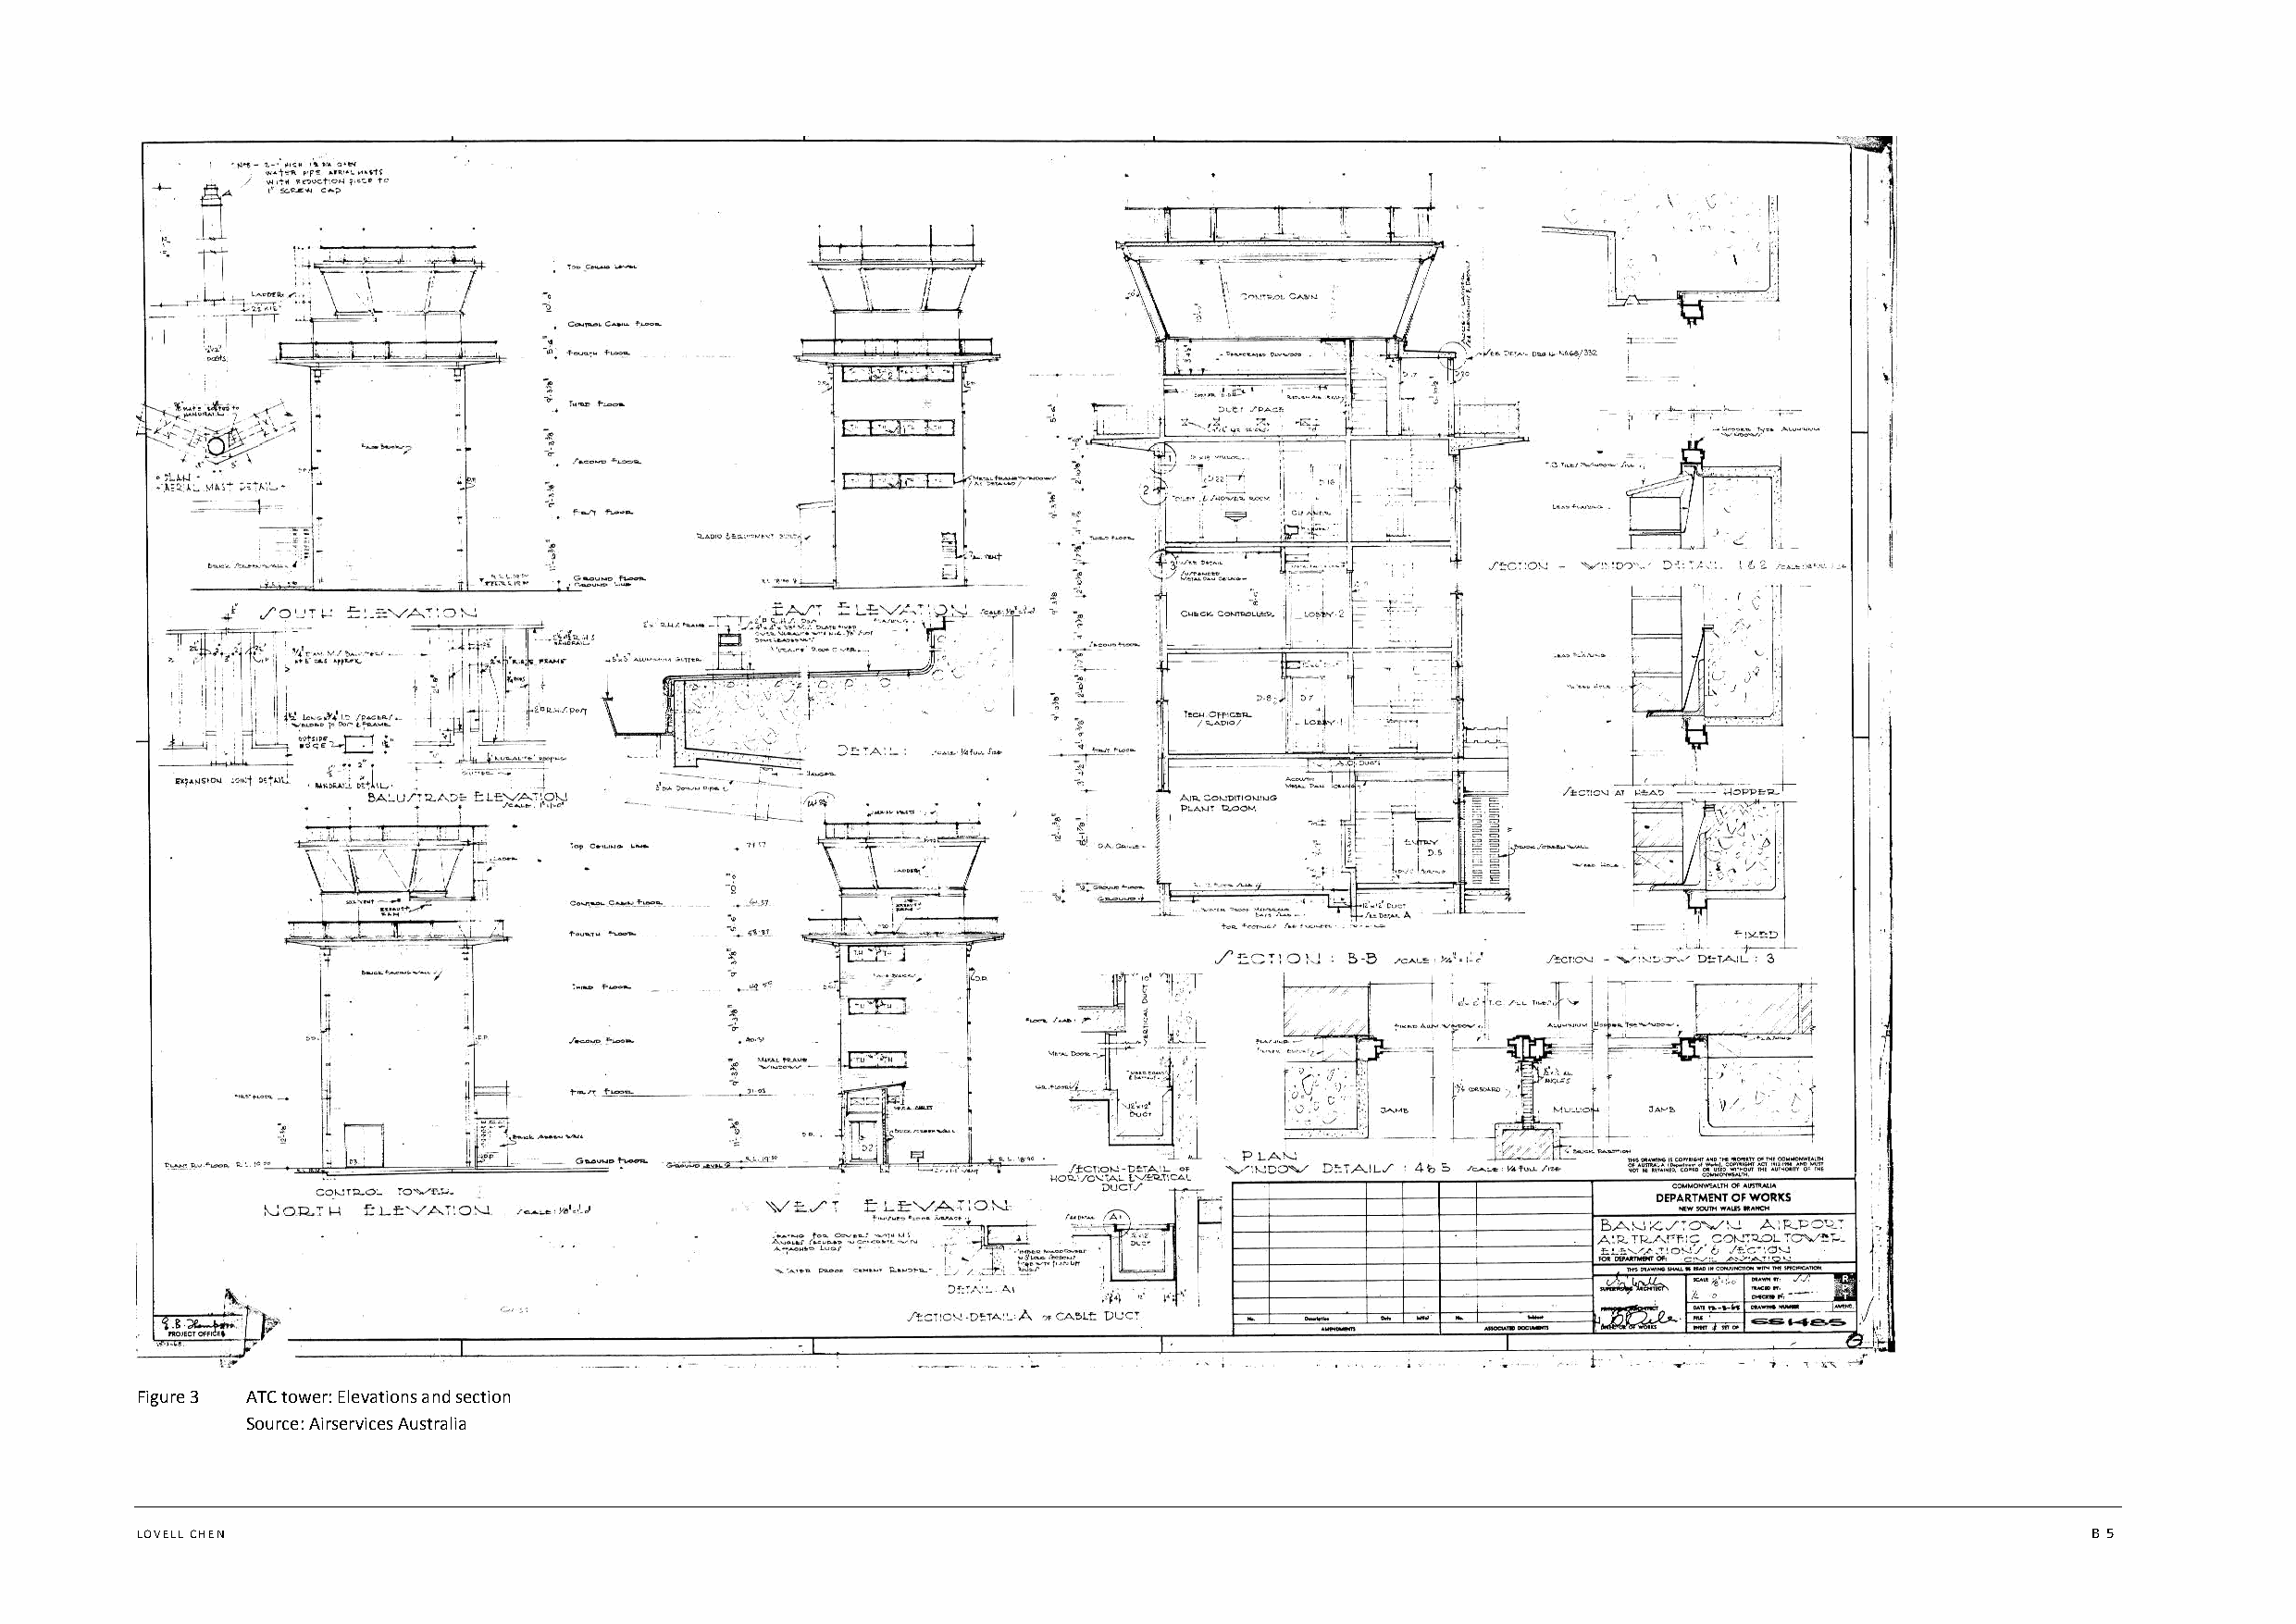
Figure 3 ATC tower: Elevations and section
 Source: Airservices Australia
 LOVELL CHEN                                                                                                                                 B 5